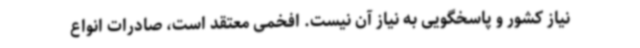
نیاز کشور و پاسخگویی به نیاز آن نیست. افخمی معتقد است، صادرات انواع